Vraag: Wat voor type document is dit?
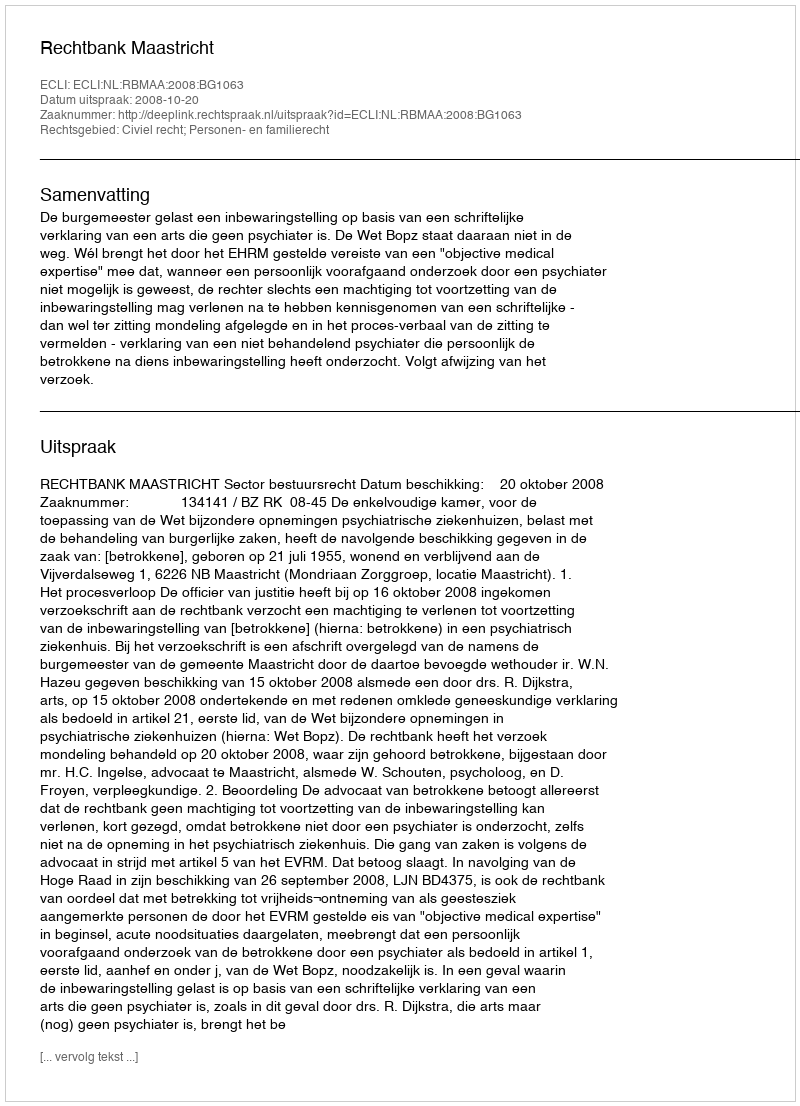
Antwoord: Uitspraak